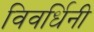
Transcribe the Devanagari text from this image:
विवर्धिनी